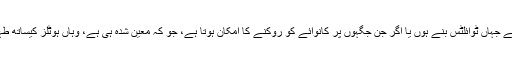
کم از کم سٹاپ ایسی جگہ کیا جائے جہاں ٹوائلٹس بنے ہوں یا اگر جن جگہوں پر کانوائے کو روکنے کا امکان ہوتا ہے، جو کہ معین شدہ ہی ہے، وہاں ہوٹلز کیساتھ طہارت کا وسیع انتظام ہونا چاہیئے۔